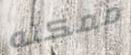
ممكنه